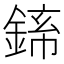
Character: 𬫪